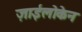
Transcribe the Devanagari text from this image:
ज़ाईलोकेन